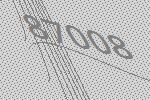
87008